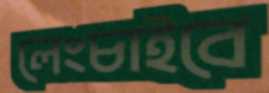
লেংচাইবে